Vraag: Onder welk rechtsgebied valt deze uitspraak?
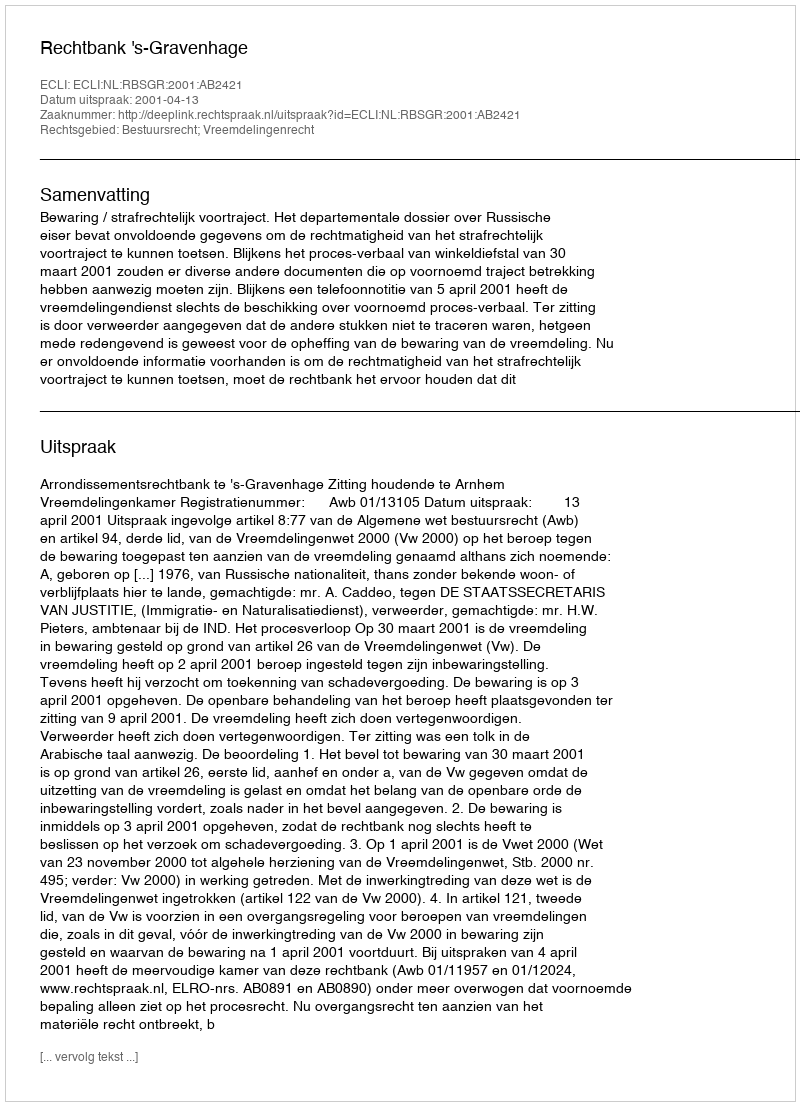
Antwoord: Bestuursrecht; Vreemdelingenrecht